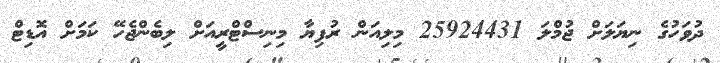
ދުވަހުގެ ނިޔަލަށް ޖުމްލަ 25924431 މިލިއަން ރުފިޔާ މިނިސްޓްރީއަށް ލިބެންޖެހޭ ކަމަށް އޮޑިޓް